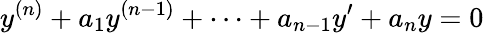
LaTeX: y^{(n)}+a_{1}y^{(n-1)}+\cdots+a_{n-1}y^{\prime}+a_{n}y=0